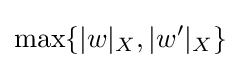
\max\{|w|_{X},|w'|_{X}\}